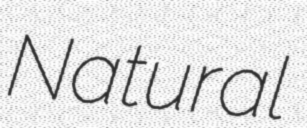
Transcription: Natural